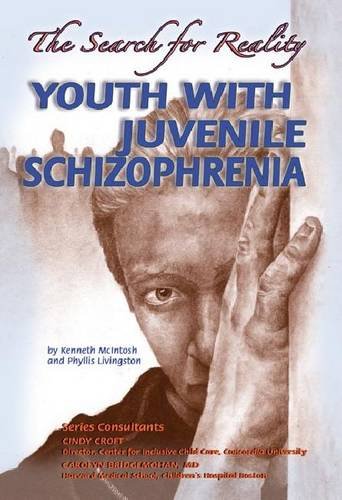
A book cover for Youth with Juvenile Schizophrenia: The Search for Reality (Helping Youth with Mental, Physical, and Social Challenges); Kenneth McIntosh; Teen & Young Adult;